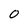
Character: 0